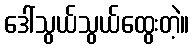
ဒေါ်သွယ်သွယ်ထွေးတဲ့။